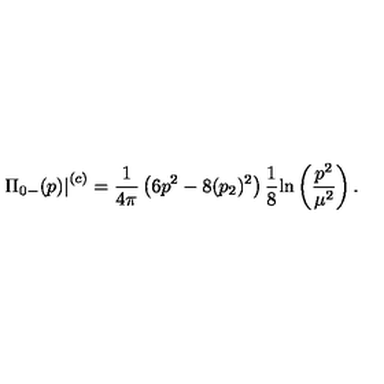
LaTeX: \displaystyle { \left. \Pi _ { 0 - } ( p ) \right| ^ { ( c ) } = \frac { 1 } { 4 \pi } \left( 6 p ^ { 2 } - 8 ( p _ { 2 } ) ^ { 2 } \right) \frac { 1 } { 8 } \mathrm { l n } \left( \frac { p ^ { 2 } } { \mu ^ { 2 } } \right) . }